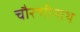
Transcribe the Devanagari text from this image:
चौरन्गीनाथ